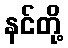
နင်တို့